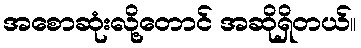
အစောဆုံးလို့တောင် အဆိုရှိတယ်။